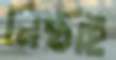
নিষ্ঠাই